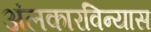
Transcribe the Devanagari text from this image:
अंलकारविन्यास